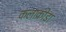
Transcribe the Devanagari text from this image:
कलाक्रीडा